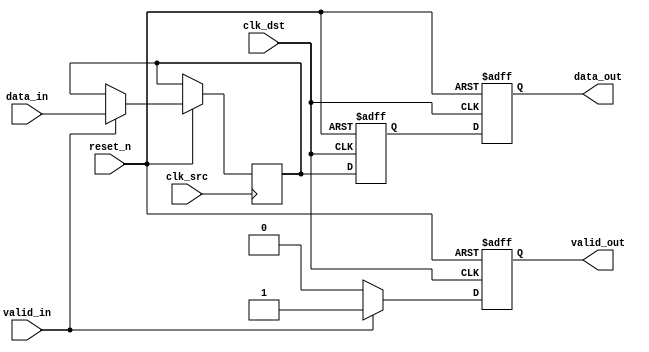
module MemoryBlocksPipelineSynchronizer #(
    parameter DATA_WIDTH = 8,    // Data width
    parameter PIPELINE_STAGES = 2 // Number of pipeline stages
)(
    input wire clk_src,           // Source clock
    input wire clk_dst,           // Destination clock
    input wire reset_n,           // Asynchronous reset (active low)
    input wire [DATA_WIDTH-1:0] data_in, // Input data from source domain
    input wire valid_in,          // Valid signal for input data
    output reg [DATA_WIDTH-1:0] data_out, // Output data to destination domain
    output reg valid_out          // Valid signal for output data
);

// Internal registers for synchronization
reg [DATA_WIDTH-1:0] sync_reg1; // First stage of synchronization
reg [DATA_WIDTH-1:0] sync_reg2; // Second stage of synchronization

// Asynchronous reset handling
always @(posedge clk_src or negedge reset_n) begin
    if (!reset_n) begin
        // Reset logic for source domain can be added if needed
    end else begin
        // Capture data on clk_src
        if (valid_in) begin
            sync_reg1 <= data_in;
        end
    end
end

// Synchronization stages in the destination clock domain
always @(posedge clk_dst or negedge reset_n) begin
    if (!reset_n) begin
        sync_reg2 <= 0; // Clear output on reset
        data_out <= 0;
        valid_out <= 0;
    end else begin
        // Pass through pipeline stages
        sync_reg2 <= sync_reg1; // First stage in the destination clock domain
        data_out <= sync_reg2;   // Second stage in the destination clock domain

        // Valid signal logic
        if (valid_in) begin
            valid_out <= 1'b1; // Assert valid if input is valid
        end else begin
            valid_out <= 1'b0; // Deassert valid if input is not valid
        end
    end
end

endmodule